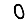
Digit: 0